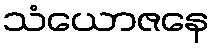
သံယောဇနေ